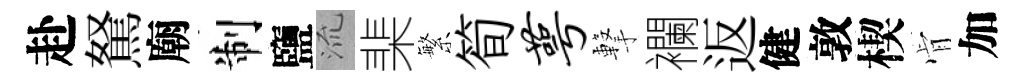
赴駑廟制鹽𣴑棐繁筍萼撃襴返健敦楔肻加